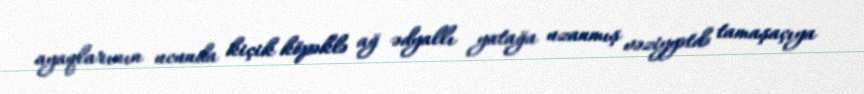
ayaqlarının ucunda kiçik köpəklə ağ ədyallı yatağa uzanmış vəziyyətdə tamaşaçıya